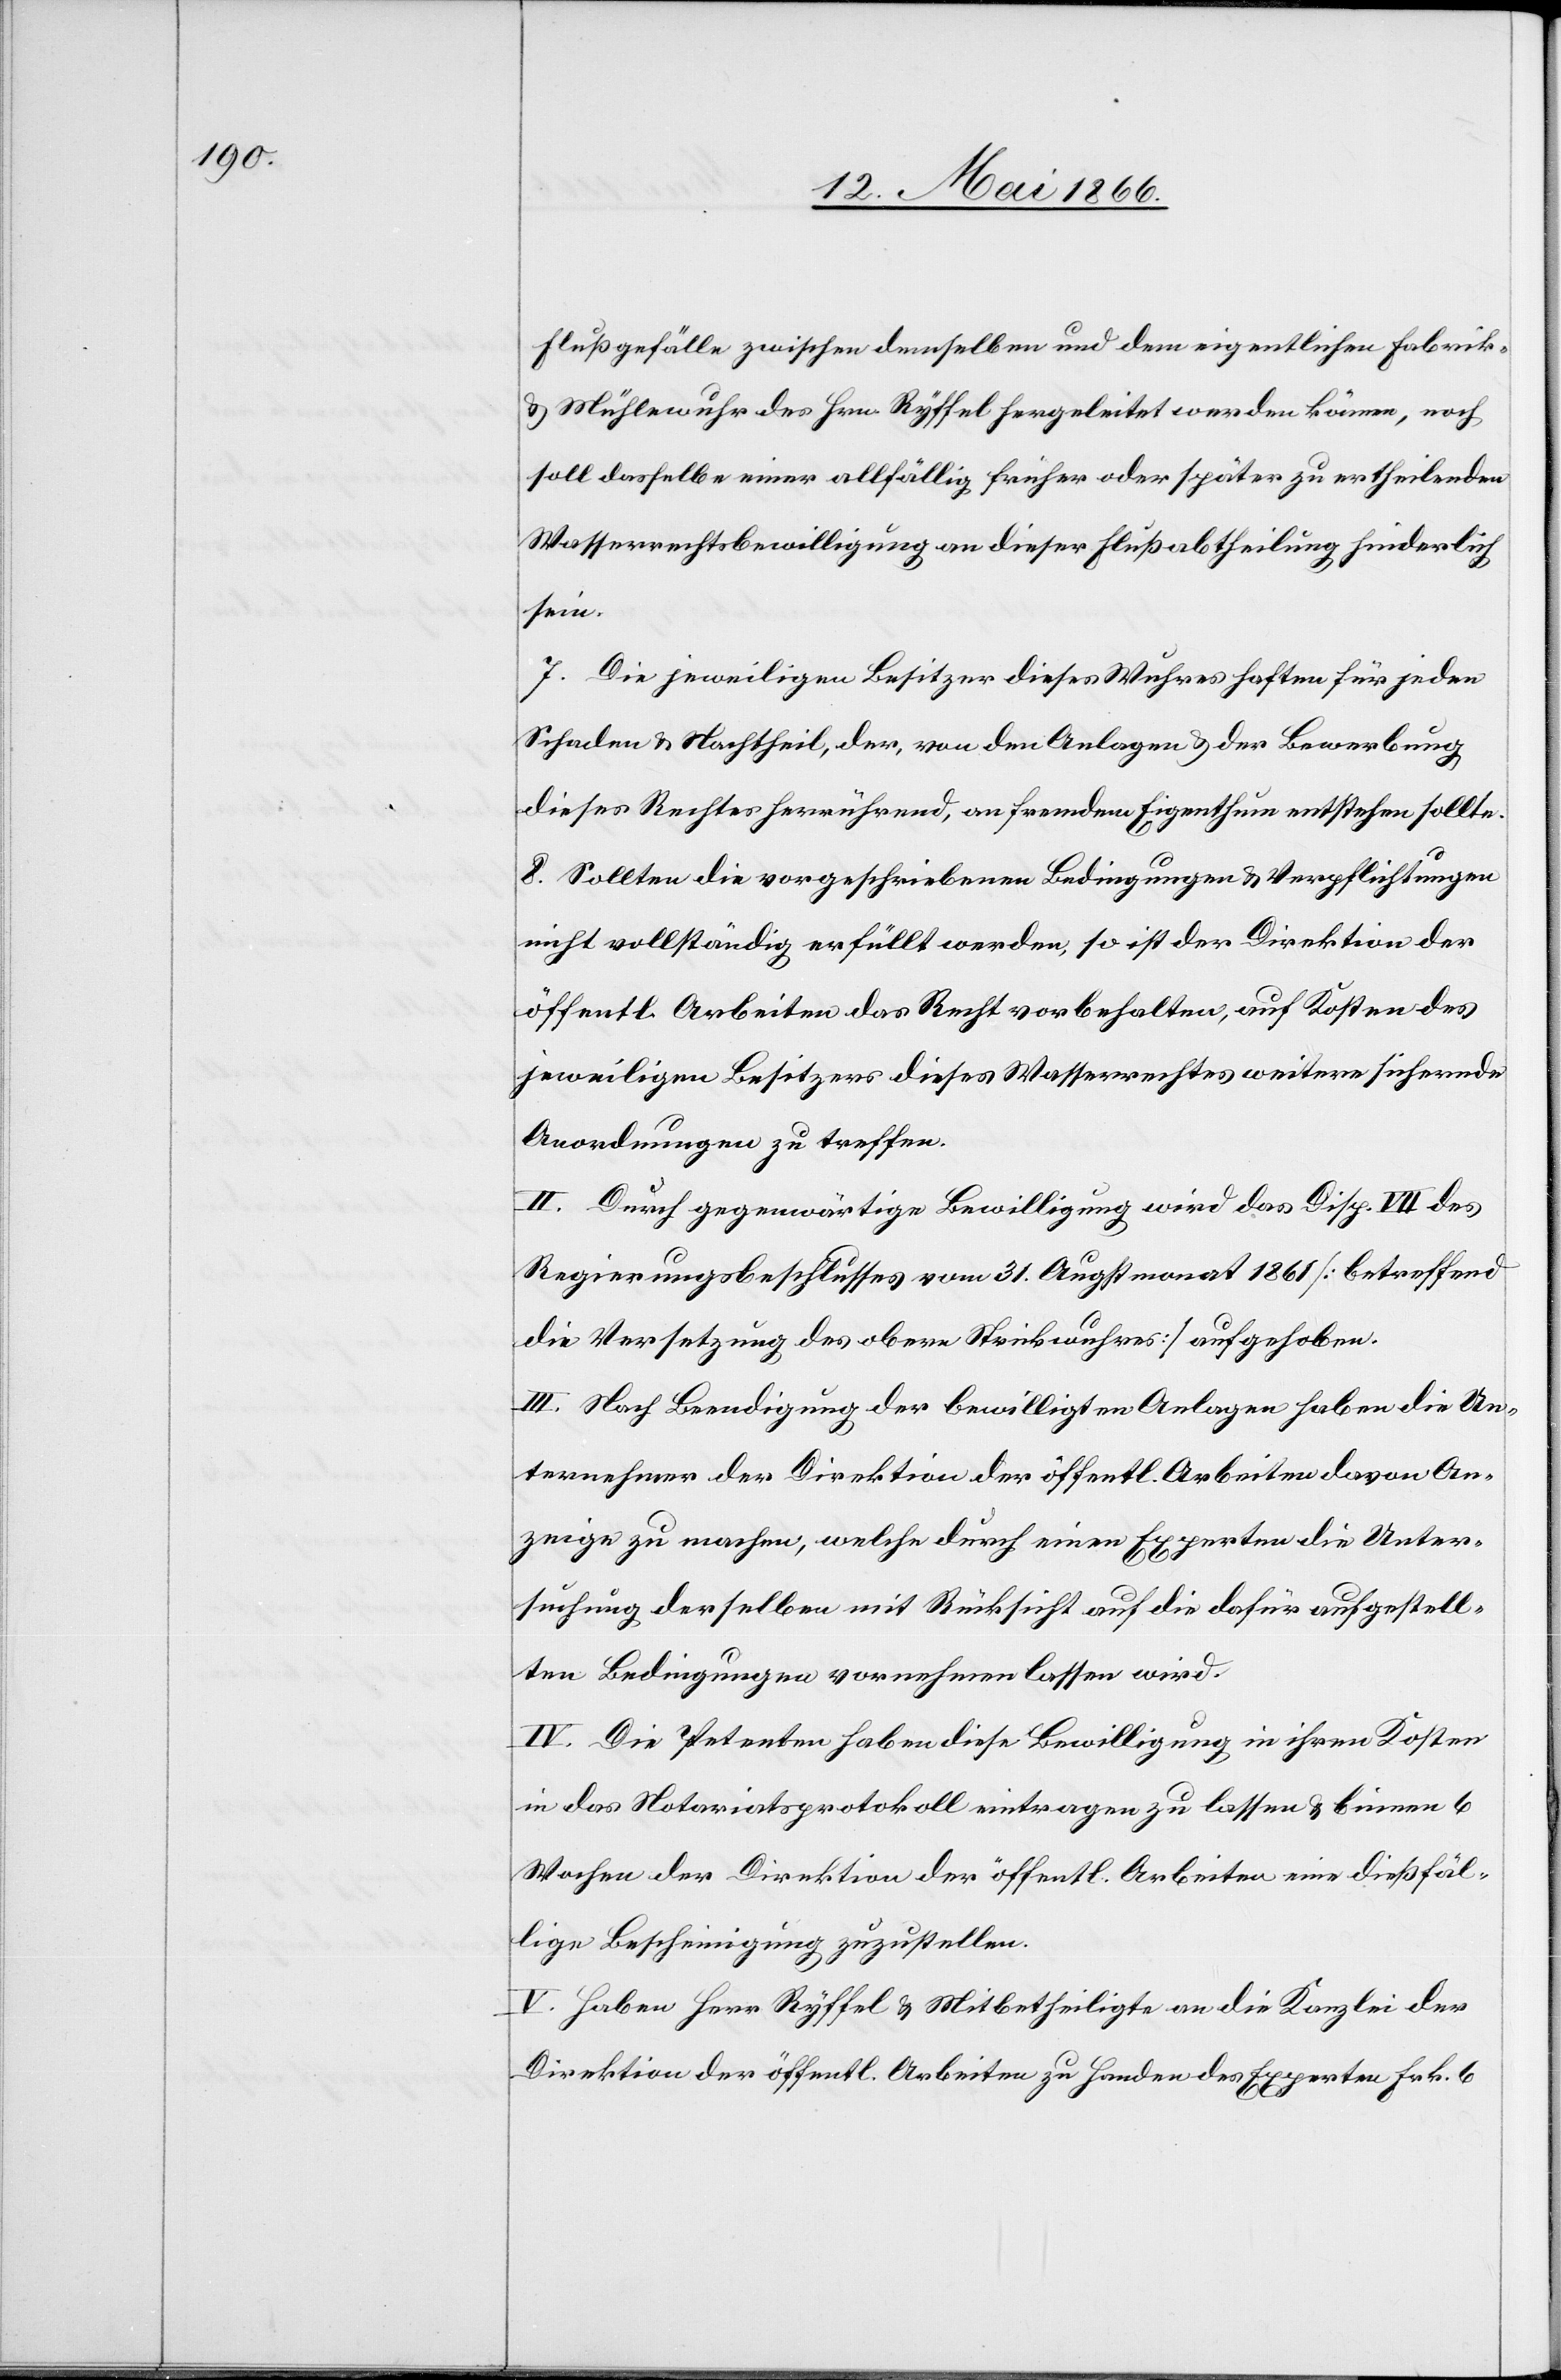
Flußgefälle zwischen demselben und dem eigentlichen Fabrik-
u. Mühlewuhr des Hrn. Ryffel hergeleitet werden können, noch
soll dasselbe einer allfällig früher oder später zu ertheilenden
Wasserrechtsbewilligung an dieser Flußabtheilung hinderlich
sein.
7. Die jeweiligen Besitzer dieses Wuhres haften für jeden
Schaden u. Nachtheil, der, von den Anlagen u. der Bewerbung
dieses Rechtes herrührend, an fremdem Eigenthum entstehen sollte.
8. Sollten die vorgeschriebenen Bedingungen u. Verpflichtungen
nicht vollständig erfüllt werden, so ist der Direktion der
öffentl. Arbeiten das Recht vorbehalten, auf Kosten des
jeweiligen Besitzers dieses Wasserrechtes weitere sichernde
Anordnungen zu treffen.
II. Durch gegenwärtige Bewilligung wird das Disp. VII des
Regierungsbeschlusses vom 31. Augstmonat 1861 [betreffend
die Versetzung des obern Strickwuhres] aufgehoben.
III. Nach Beendigung der bewilligten Anlagen haben die Un¬
ternehmer der Direktion der öffentl. Arbeiten davon An¬
zeige zu machen, welche durch einen Experten die Unter¬
suchung derselben mit Rücksicht auf die dafür aufgestell¬
ten Bedingungen vornehmen lassen wird.
IV. Die Petenten haben diese Bewilligung in ihren Kosten
in das Notariatsprotokoll eintragen zu lassen u. binnen 6
Wochen der Direktion der öffentl. Arbeiten eine dießfäl¬
lige Bescheinigung zuzustellen.
V. Haben Herr Ryffel u. Mitbetheiligte an die Kanzlei der
Direktion der öffentl. Arbeiten zu Handen des Experten Frk. 6